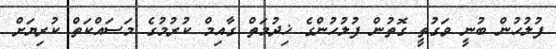
ފުލުހުން ބުނީ ވަގުތީ ގޮތުން ފުލުހުންގެ ޚިދުމަތް ގާއިމް ކުރުމުގެ މަސައްކަތް ކުރިޔަށް